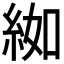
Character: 𦀌